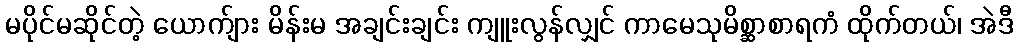
မပိုင်မဆိုင်တဲ့ ယောက်ျား မိန်းမ အချင်းချင်း ကျူးလွန်လျှင် ကာမေသုမိစ္ဆာစာရကံ ထိုက်တယ်၊ အဲဒီ